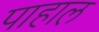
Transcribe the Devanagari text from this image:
पाहाल